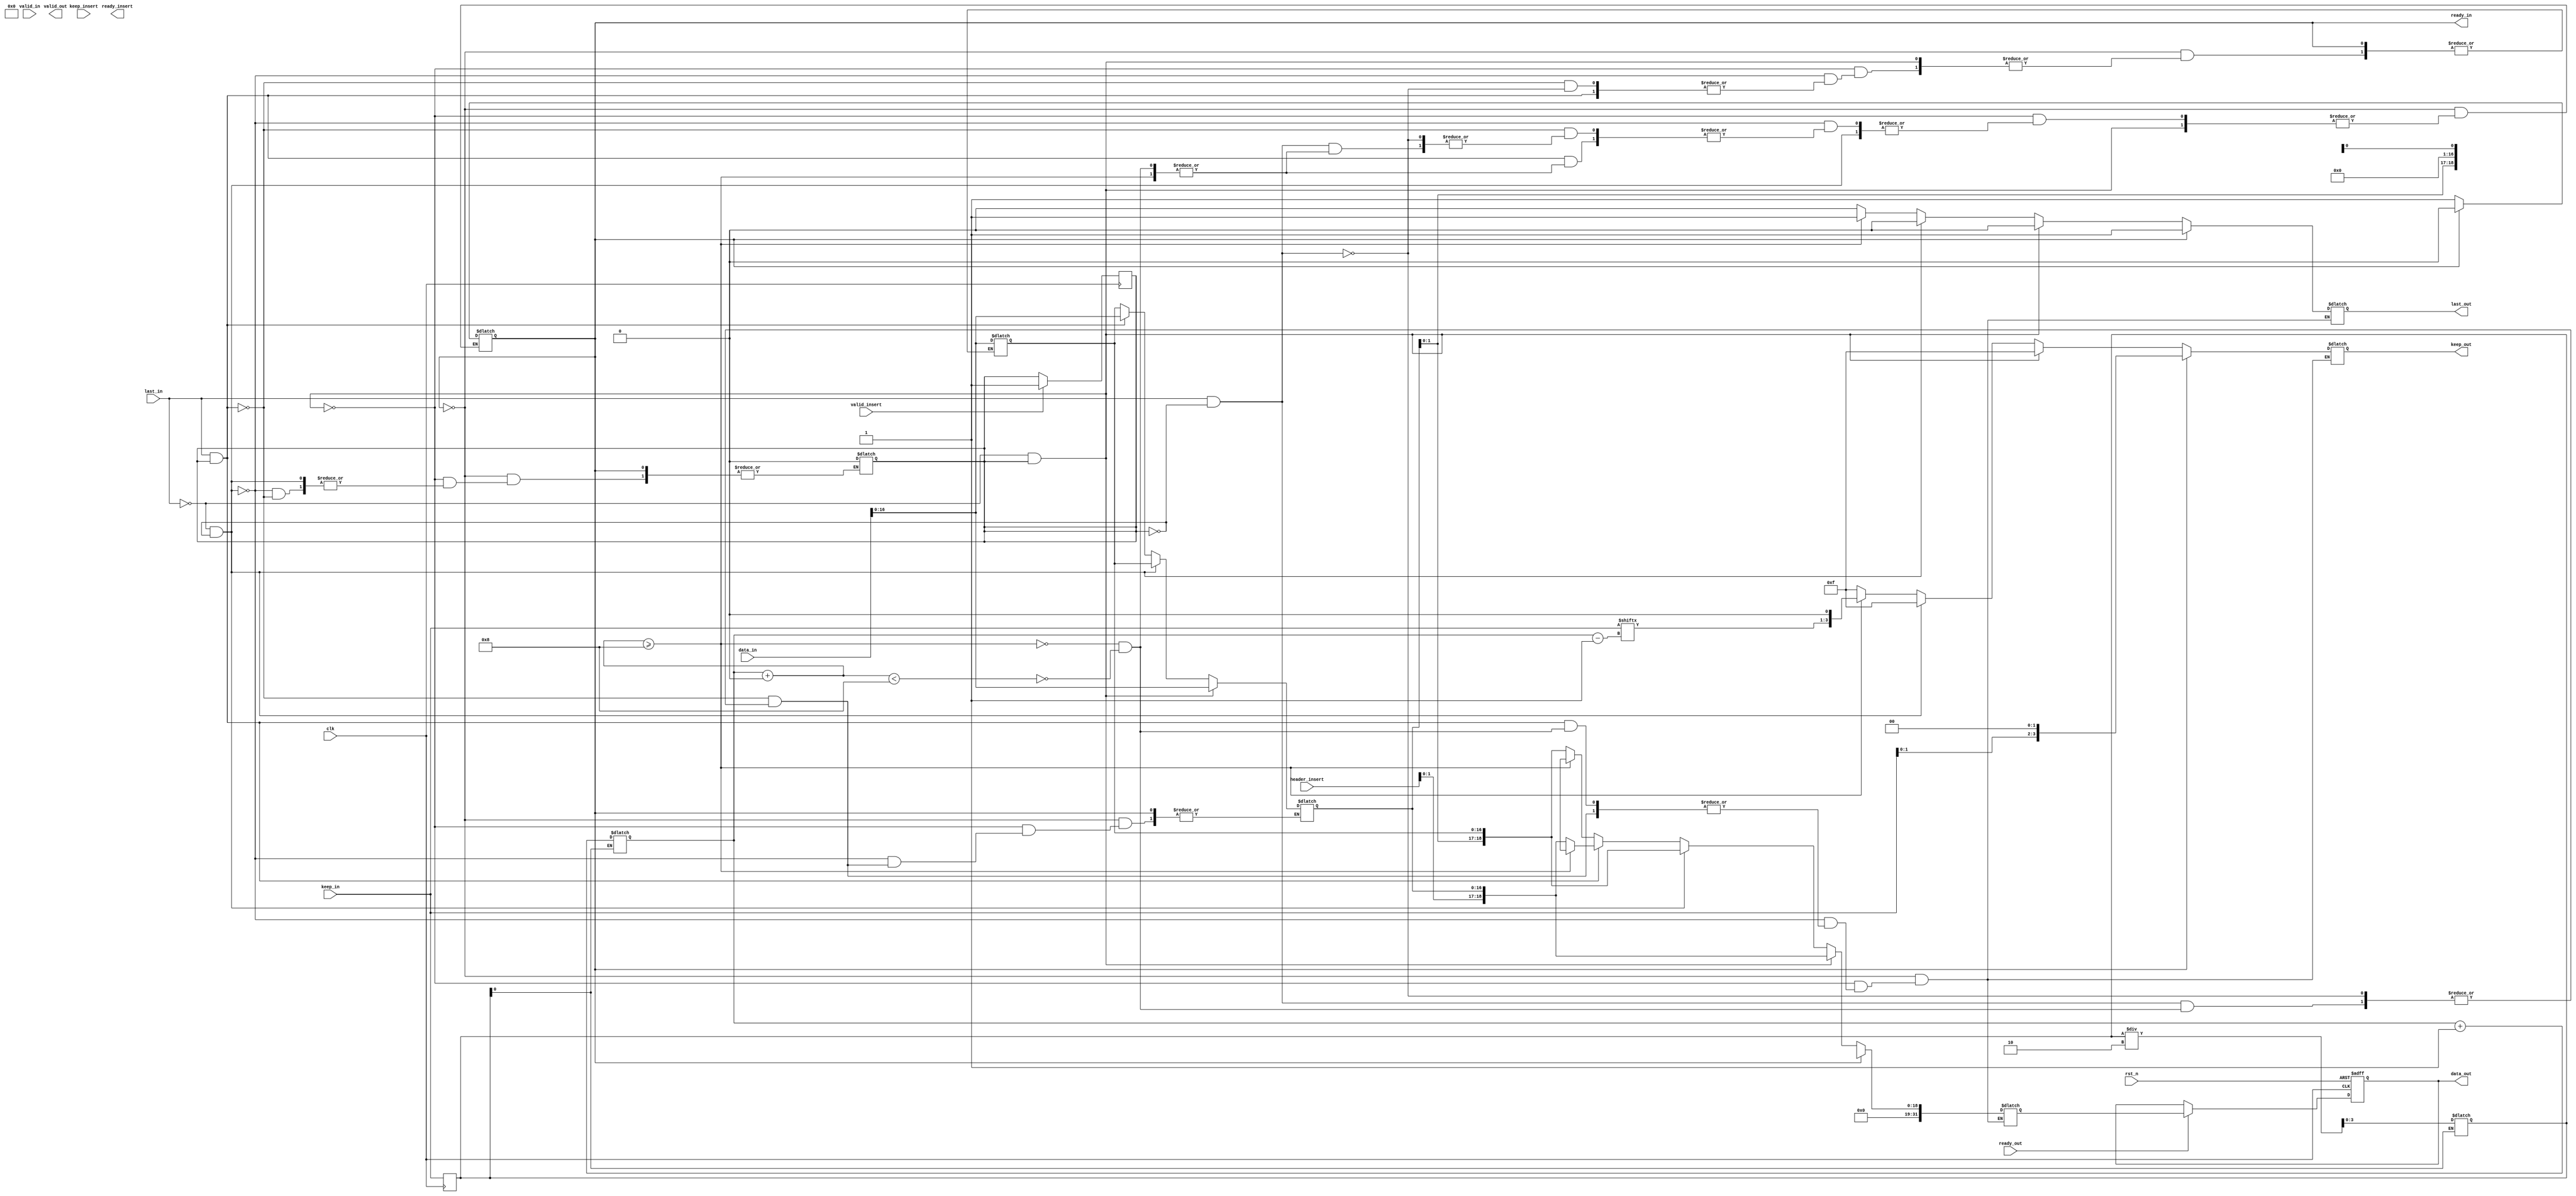
module axi_stream_insert_header #(
	parameter	DATA_WD = 32,
	parameter	DATA_BYTE_WD = DATA_WD / 8
	) (
	input	clk,
	input	rst_n,
	
	//AXI Stream input original data
	input							valid_in,//Ч
	input	[DATA_WD - 1 : 0 ]		data_in,//
	input	[DATA_BYTE_WD - 1 :0 ]	keep_in,//data_inЧλ
	input							last_in,//data_inһָj
	output							ready_in,//ݿָʾ
	
	//AXI Stream output with header inserted
	output	reg						valid_out,//Ч
	output	reg [DATA_WD - 1 : 0 ]	data_out,//
	output	reg [DATA_BYTE_WD - 1 : 0 ]	keep_out,//data_outЧλ
	output	reg						last_out,//data_outһָj
	input							ready_out,//ݿָʾ
	
	//The header to be inserted to AXI Stream input
	input							valid_insert,//Ч
	input	[DATA_WD - 1 : 0 ]		header_insert,//
	input	[DATA_BYTE_WD - 1 : 0 ]	keep_insert,//header_insertЧλ
	output	reg						ready_insert//ݿָʾ
	);
	
	reg	[DATA_WD - 1 : 0 ]			data_out_reg;
	reg								ctr_ready_in;//ready_inƣǷ
	parameter	[DATA_WD - 1 : 0]	xxx = 32'hxxxx;//λxxx
	parameter	[DATA_WD / 8 : 0]	xxx_0 = 4'b0000;//λ0000
	parameter	[DATA_WD / 8 : 0]	xxx_1 = 4'b1111;//λ1111
	reg								num_header_0;//headerЧλ0ĸ
	reg								num_data_0;//dataЧλ0ĸ
	reg								n;//n=1headerݣn=0headerѾq
	reg								new_data = 1;//µЧʱد1Տʼоد1
	reg	[DATA_WD - 1 : 0 ]			data_in_reg_1;//دʱد
	reg	[DATA_WD - 1 : 0 ]			data_in_reg_2;//һʱһ
	reg	[DATA_BYTE_WD - 1 : 0 ]		keep_insert_reg;
	reg	[DATA_BYTE_WD - 1 : 0 ]		keep_in_reg;

	//ݿָʾ
	assign	ready_in = ctr_ready_in;
	
	//ݿʱݽ
	always @(posedge clk or negedge rst_n) begin
		if (~rst_n) begin
			data_out <= 32'h0000;
		end
		else begin
			data_out <= ready_out ? data_out_reg :data_out;
		end
	end
	
	//header_insertد0
	always @(posedge clk) begin
		if (new_data) begin
			new_data <= 0;
			num_header_0 <= 0;
			if (keep_insert_reg == 4'b0000) begin
			 num_header_0 <= 4;
			end
			else if (keep_insert_reg[3] == 1'b1) begin
				num_header_0 <= num_header_0 + 1;
				keep_insert_reg = keep_insert_reg * 2;
			end
		end
	end
	
	//data_inد0
	always @(last_in) begin
		num_header_0 <= 0;
		if (keep_in_reg[0] == 1'b0) begin
			num_data_0 <= num_data_0 + 1;
			keep_in_reg = keep_in_reg / 2;;
		end
	end
	
	//жϣclk½ضlast_inжȡΪclk½ؽУnew_dataֻ¸غϲܱʹã
	always @(negedge clk) begin
		new_data <= last_in;
		keep_in_reg <= keep_in;
		if (valid_insert) begin
			n <= 1;
			keep_insert_reg <= keep_insert;
		end
	end
	
	//Ҫݴ
	always @(valid_in && ready_out) begin
		if (ctr_ready_in) begin
			data_out_reg <= {16'h0000 , data_in_reg_1[(4 * num_header_0 - 1) : 0] , xxx[DATA_WD / 2 : 4 * num_header_0]};
			ctr_ready_in <= 1'b0;
			last_out <= 1'b1;
			keep_out <= {keep_in[DATA_WD / 8 : num_header_0] , xxx_0[num_header_0 - 1 : 0]};
		end
		else if (~last_in && n) begin//һģheaderв
			data_in_reg_1 <= data_in;
			n <= 0;
			data_out_reg <= {16'h0000 , header_insert[(4 * num_header_0 - 1) : 0] , data_in_reg_1[DATA_WD / 2 : 4 * num_header_0]};
			last_out <= 1'b0;
			keep_out <= 4'b1111;
		end
		else if (~last_in && ~n) begin//ǖcد
			data_in_reg_2 <= data_in;
			data_out_reg <= {16'h0000 , data_in_reg_1[(4 * num_header_0 - 1) : 0] , data_in_reg_2[DATA_WD / 2 : 4 * num_header_0]};
			data_in_reg_1 <= data_in_reg_2;
			last_out <= 1'b0;
			keep_out <= 4'b1111;
		end
		else if (last_in && n) begin//cدģheaderв
			data_in_reg_1 <= data_in;
			n <= 0;
			if ((num_data_0 + num_header_0) >= DATA_WD * 2 / 8) begin//dataЧheaderЧλ32
				data_out_reg <= {16'h0000 , header_insert[(4 * num_header_0 - 1) : 0] , data_in_reg_1[DATA_WD / 2 : 4 * num_data_0] , xxx[(DATA_WD - 4 * (num_data_0 + num_header_0)) : 0]};
				last_out <= 1'b1;
				keep_out <= {keep_insert[num_header_0 : 0] , keep_in[DATA_WD / 8 : num_data_0 - 1] , xxx_0[(num_data_0 + num_header_0) : 0]};
			end
			else if ((num_data_0 + num_header_0) < DATA_WD * 2 / 8) begin//dataЧheaderЧλС32??WҪʱڴʣź
				data_out_reg <= {16'h0000 , header_insert[(4 * num_header_0 - 1) : 0] , data_in_reg_1[DATA_WD / 2 : 4 * num_header_0]};
				ctr_ready_in <= 1'b1;
				last_out <= 1'b0;
				keep_out <= 4'b1111;
			end
		end
		else if (last_in && ~n) begin//cدģheader޲
			data_in_reg_2 <= data_in;
			if ((num_data_0 + num_header_0) >= DATA_WD * 2 / 8) begin//datacدЧheaderЧĞSλ32
				data_out_reg <= {16'h0000 , data_in_reg_1[(4 * num_header_0 - 1) : 0] , data_in_reg_2[DATA_WD / 2 : 4 * num_data_0] , xxx[(DATA_WD - 4 * (num_data_0 + num_header_0)) : 0]};
				data_in_reg_1 <= data_in_reg_2;
				last_out <= 1'b1;
				keep_out <= {xxx_1[num_header_0 : 0] , keep_in[DATA_WD / 8 : num_data_0 - 1] , xxx_0[(num_data_0 + num_header_0) : 0]};
			end
			else if ((num_data_0 + num_header_0) < DATA_WD * 2 / 8) begin//datacدЧheaderЧĞSλС32??WҪʱڴʣź
				data_out_reg <= {16'h0000 , data_in_reg_1[(4 * num_header_0 - 1) : 0] , data_in_reg_2[DATA_WD / 2 : 4 * num_header_0]};
				ctr_ready_in <= 1'b1;
				last_out <= 1'b0;
				keep_out <= 4'b1111;
				data_in_reg_1 <= data_in_reg_2;
			end
		end
	end
endmodule